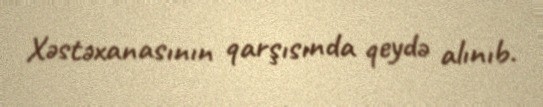
Xəstəxanasının qarşısında qeydə alınıb.